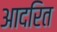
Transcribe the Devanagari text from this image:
आदरित